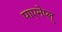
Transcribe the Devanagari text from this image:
पाएनेप्ल्